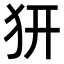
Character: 𤜵